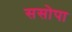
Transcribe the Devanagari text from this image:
ससोपा